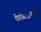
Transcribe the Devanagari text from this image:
फेरोसाइनाइड